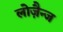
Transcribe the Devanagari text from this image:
लोज़ैन्ज